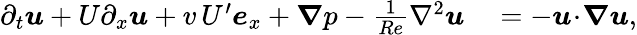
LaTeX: \begin{array}{rl}{\partial_{t}\boldsymbol{u}+U\partial_{x}\boldsymbol{u}+v\, U^{\prime}\boldsymbol{e}_{x}+\boldsymbol{\nabla}p-\frac{1}{Re}{\nabla}^{2}\boldsymbol{u}}&{{}=-\boldsymbol{u}\! \cdot\! \boldsymbol{\nabla}\boldsymbol{u},}\end{array}